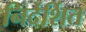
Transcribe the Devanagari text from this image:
निर्देर्शित